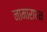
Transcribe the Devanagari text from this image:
नामाराधन